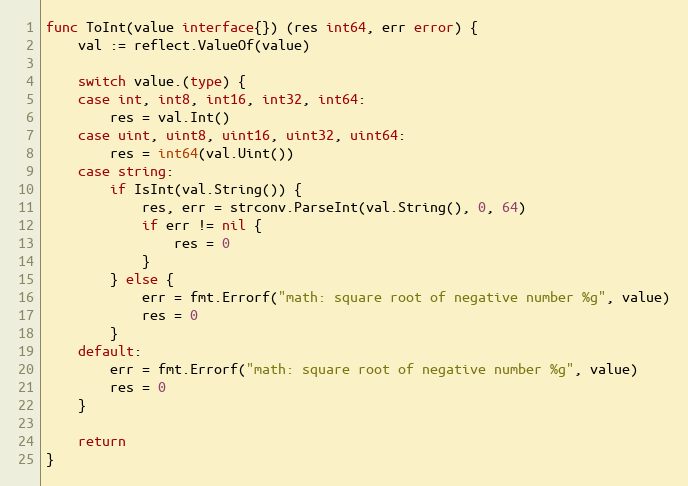
Language: Go
func ToInt(value interface{}) (res int64, err error) {
	val := reflect.ValueOf(value)

	switch value.(type) {
	case int, int8, int16, int32, int64:
		res = val.Int()
	case uint, uint8, uint16, uint32, uint64:
		res = int64(val.Uint())
	case string:
		if IsInt(val.String()) {
			res, err = strconv.ParseInt(val.String(), 0, 64)
			if err != nil {
				res = 0
			}
		} else {
			err = fmt.Errorf("math: square root of negative number %g", value)
			res = 0
		}
	default:
		err = fmt.Errorf("math: square root of negative number %g", value)
		res = 0
	}

	return
}